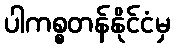
ပါကစ္စတန်နိုင်ငံမှ